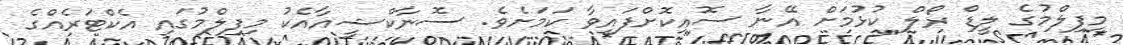
މިފިލްމުގެ ލީޑް ރޯލް ކުޅުމަށް އޭނާ ސޮއިކޮށްފައިވާ ކަމަށެވެ. ސޮނާކްޝީއާއެކު މިފިލްމުގައި އެކްޓަރެއްގެ